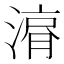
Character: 𱨇